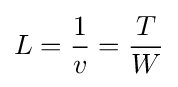
L={\frac {1}{v}}={\frac {T}{W}}